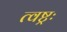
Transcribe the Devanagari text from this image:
त्वष्ट्रः